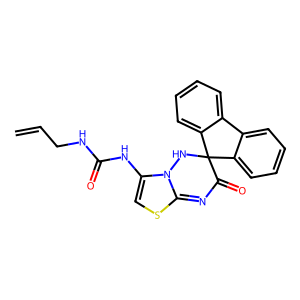
SMILES: C=CCNC(=O)NC1=CSC2=NC(=O)C3(NN12)c1ccccc1-c1ccccc13
Inhibits HIV replication: No